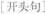
[开头句]